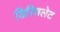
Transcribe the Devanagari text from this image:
डिरिचलेट